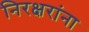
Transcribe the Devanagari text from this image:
निरक्षरांना